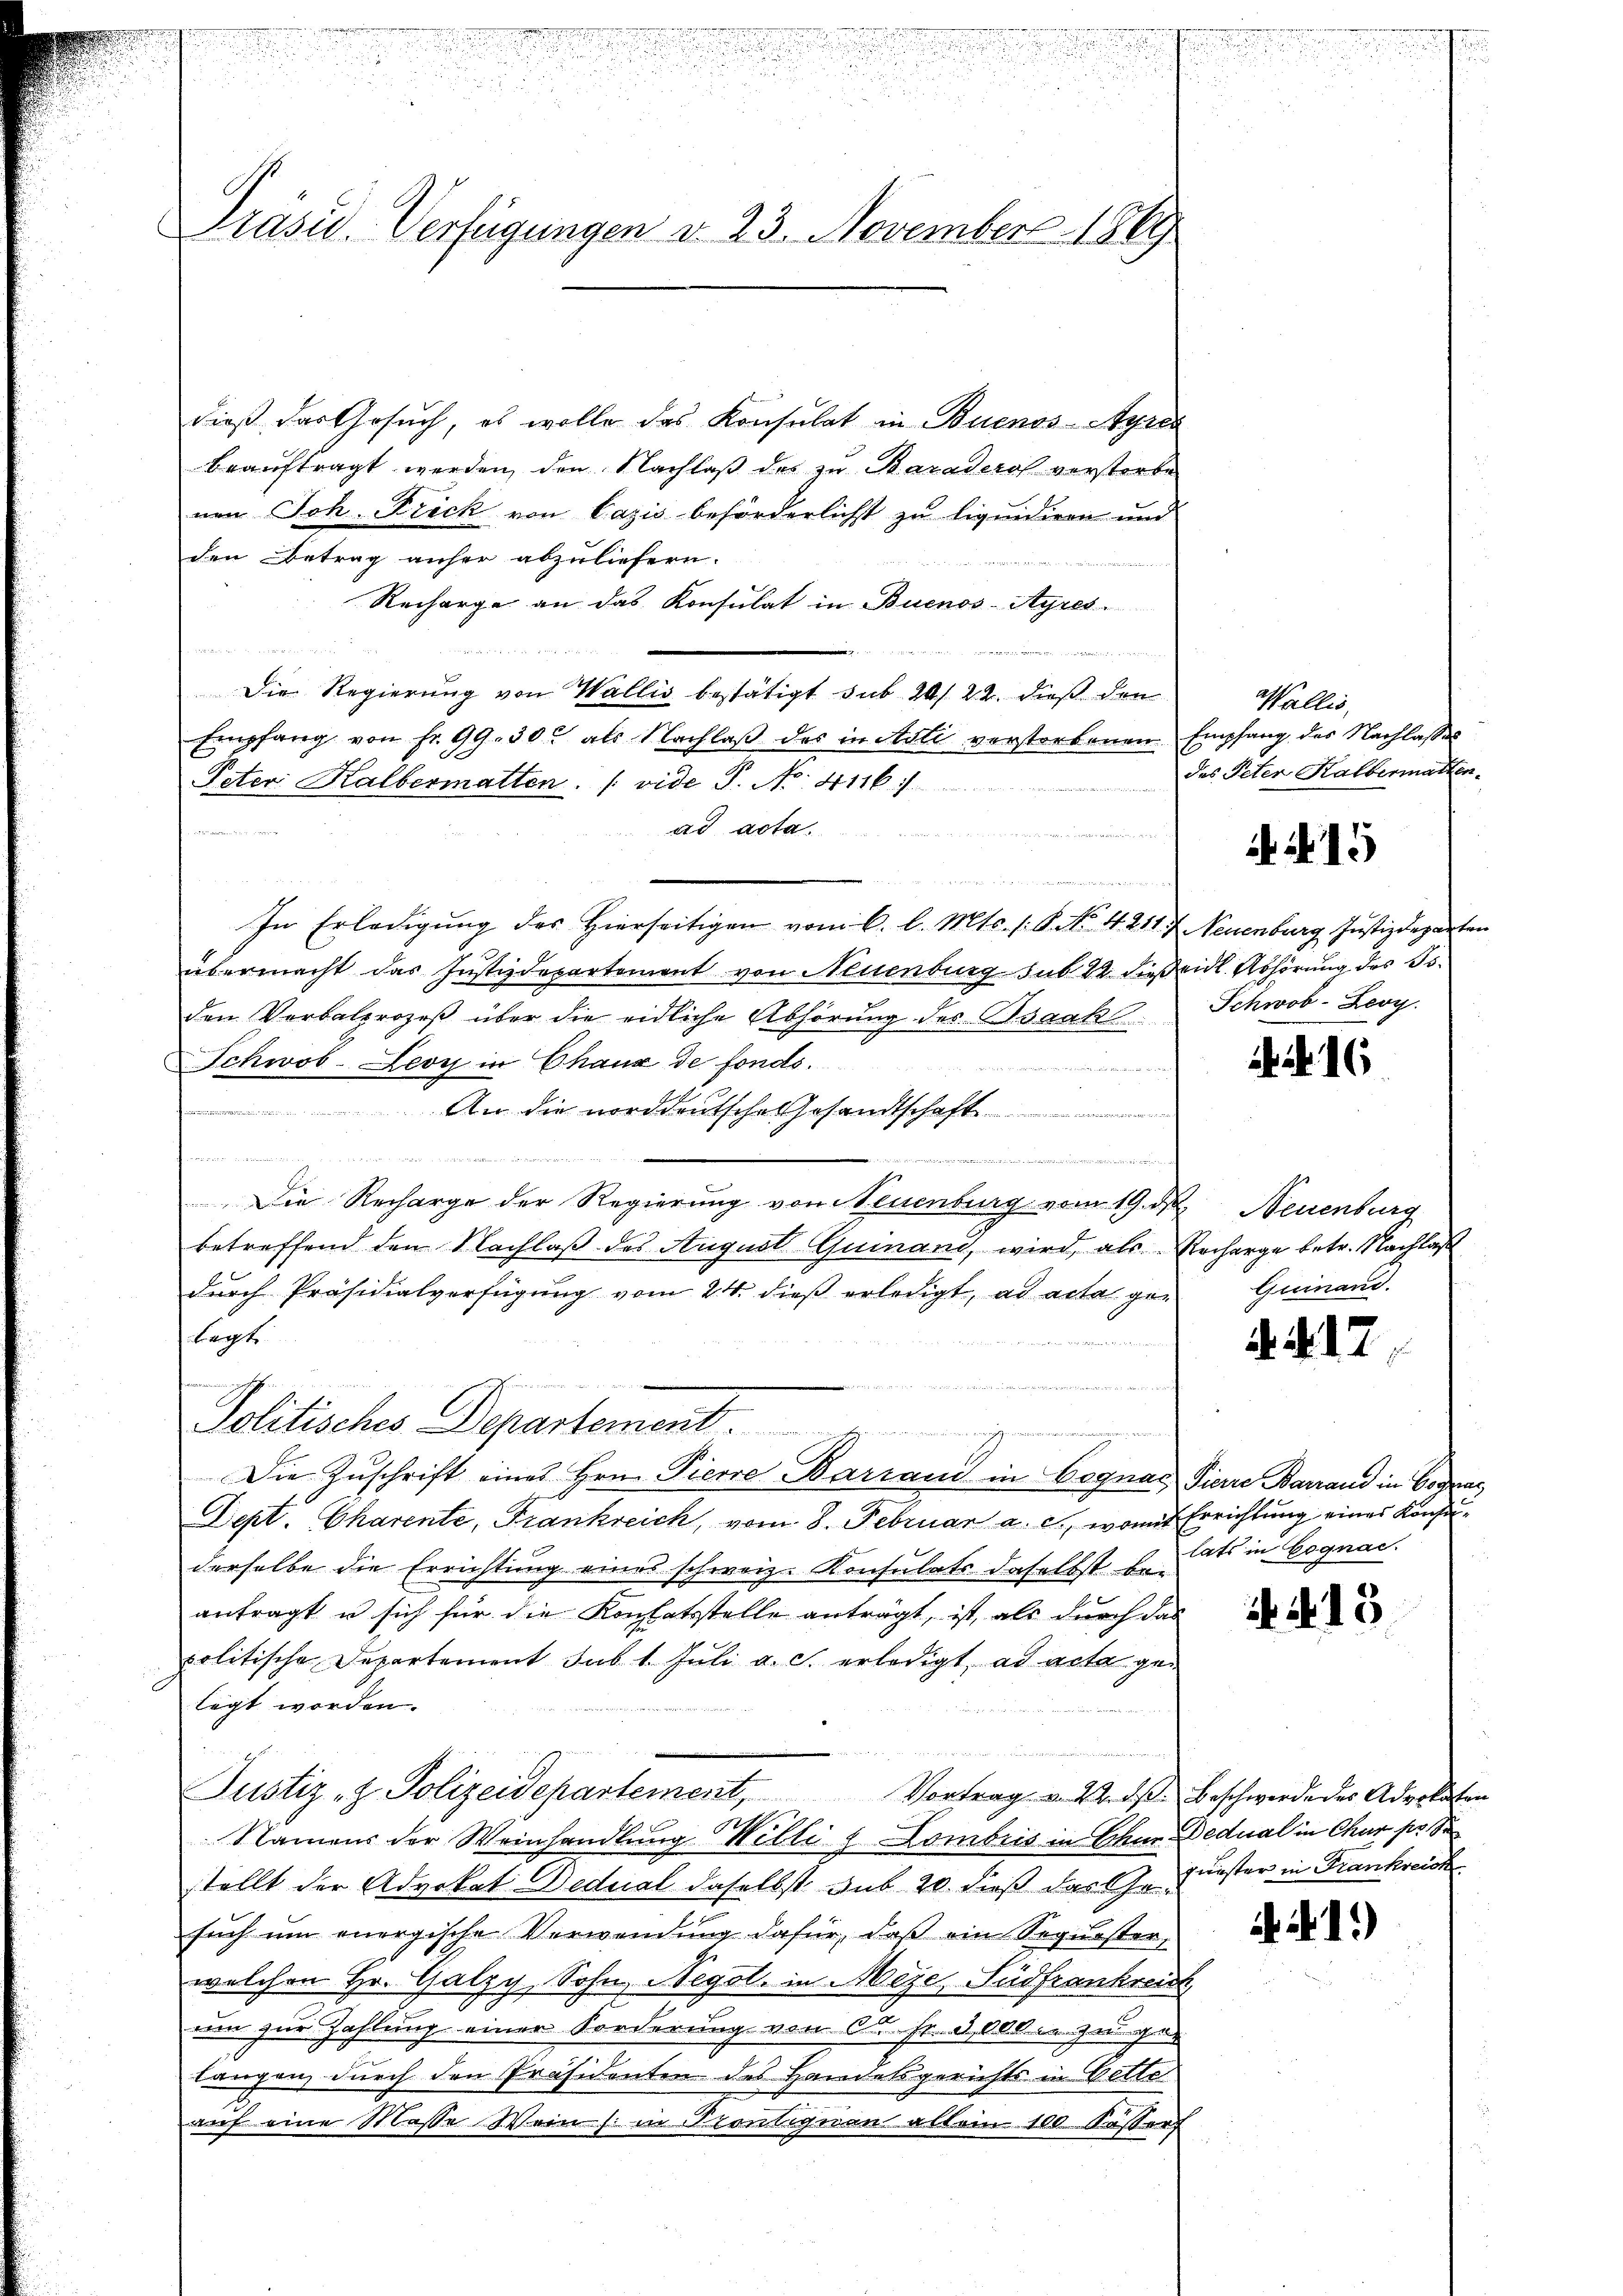
Präsid. Verfügungen d. 23. November 1869

dieß das Gesuch, es wolle das Konsulat in Buenos-Ayres
beauftragt werden, den Nachlaß des zu Baraderos verstorbe
nen Joh. Frick von Cazis beförderlicht zu liquidiren und
den Betrag anher abzuliefern.
Recharge an das Konsulat in Buenos-Ayres¬

Die Regierung von Wallis bestätigt sub 20/22. dieß den
Empfang von fr. 99. 30. als Nachlaβ des in Asti verstorbenen Empfang des Nachlasses
Peter Halbermatten. (vide P. Nr. 41167/
ad acta
n

In Erledigung des Hierseitigen vom 6. l. Mts. (: P. No. 4. 211 f. Neuenburg, Justizdeparten
übermacht das Justizdepartement von Neuenburg sub 22 dießeidl. Abhörung des Toden Vorbalprozeß über die eidliche Abhörung des Isaak
Schwob-Leoy in Chaux de fonds.

An die norddeutsches Gesandtschaft

Die Recharge der Regierung von Neuenburg vom 19. d. Neuenburg
betreffend den Nachlaß des August Quinand, wird, als Recharge betr. Nachlaß
durch Präsidialverfügung vom 24. dieß erledigt, ad acta ge¬
Legt
.
 M eine
 ist
Politisches Departement.
Die Zuschrift eines Hrn. Pierre Barrand in Cognar Pierre Barrand in Vornac
Dept. Charente, Frankreich, vom 8. Februar a. c., womit Errichtung einer Konsuderselbe die Errichtung eines schweiz. Konsulats daselbst be-
antragt u sich für die Kontatsstelle anträgt, ist, als durch das
politische Departement sub 1. Juli a. c. erledigt, ad acta gelegt worden.
Justiz- & Polizeidepartement,
Vortrag u. 22. ds. Beschwerde des Advokaten
.
Namens der Weinhandlung Willi u. Lombris in Schur Dedual in Chur pr. S
stellt der Advokat Dedual daselbst sub 20. dieß das J. Fürster in Frankreich
such um energische Verwendung dafür, daß ein Sequester,
welchen Hr. Galzy, Sohn, Negol in Meze, Südfrankreic
um zur Zahlung einer Forderung von Cst. Alle jungen
langen, durch den Präsidenten des Handelsgerichts in Bette
auf eine Masse Wein (: in Kontignen allein 100 Sessert

u

Wallis,
des Peter Halbermatten.

15

Schwob-Zeoy.

Nr. 16

Quinand.

A. R. 17

lats in Cognac.

415

Ai1)